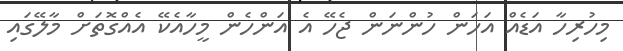
މިހުރިހާ އަޑެއް އަހަން ހުންނަން ޖެހޭ އެ އަންހެން މީހާއެކޭ އެއްގޮތަށް މާލޭގައި